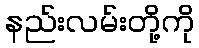
နည်းလမ်းတို့ကို